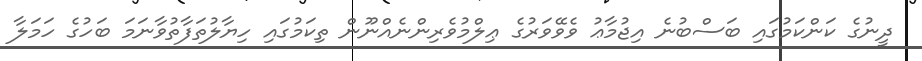
ދީނުގެ ކަންކަމުގައި ބަސްބުނެ އިޖުމާޢު ވެވޭވަރުގެ ޢިލްމުވެރިންނެއްނޫން ތިކަމުގައި ހިޔާލުތަފާތުވާނަމަ ބަހުގެ ހަމަލާ